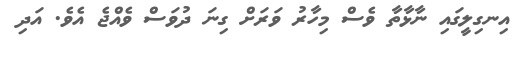
އިނގިލީގައި ނާޅާތާ ވެސް މިހާރު ވަރަށް ގިނަ ދުވަސް ވެއްޖެ އެވެ. އަދި